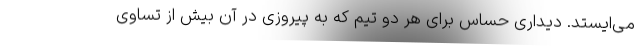
می‌ایستد. دیداری حساس برای هر دو تیم که به پیروزی در آن بیش از تساوی